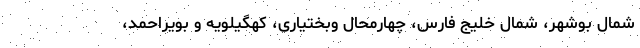
شمال بوشهر، شمال خلیج فارس، چهارمحال وبختیاری، کهگیلویه و بویراحمد،